Report of the Bombay Plague Committee
Disease focus: Plague
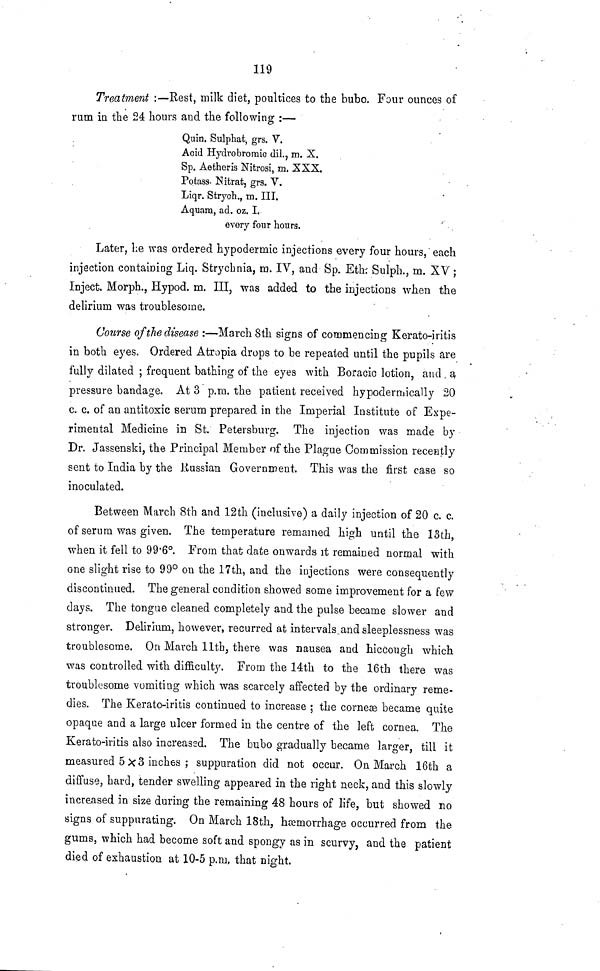
119
Treatment :—Rest, milk diet, poultices to the bubo. Four ounees of
rum in the 24 hours and the following :—
Quin. Sulphat, grs, V.
Acid Hydrobromic dil., rn. X.
Sp. Aetheris Nitrosi, m. XXX.
Potass. Nitrat, grs. V.
Liqr. Strych., m. III.
Aquam, ad. oz. I.
every four hours,
Later, he was ordered hypodermic injections every four hours, each
injection containing Liq. Strychnia, m. IV, and Sp. Eth: Sulph., m. XV ;
Inject. Morph., Hypod. m. III, was added to the injections when the
delirium was troublesome.
Course of the disease :—March 8th signs of commencing Kerato-iritis
in both eyes. Ordered Atropia drops to be repeated until the pupils are
fully dilated ; frequent bathing of the eyes with Boracic lotion, and a
pressure bandage. At 3 p.m. the patient received hypodermically 20
c. c. of an antitoxic serum prepared in the Imperial Institute of Expe-
rimental Medicine in St. Petersburg. The injection was made by
Dr. Jassenski, the Principal Member of the Plague Commission recently
sent to India by the Russian Government. This was the first case so
inoculated.
Between March 8th and 12th (inclusive) a daily injection of 20 c. c.
of serum was given. The temperature remained high until the 13th,
when it fell to 99·6°. From that date onwards it remained normal with
one slight rise to 99° on the 17th, and the injections were consequently
discontinued. The general condition showed some improvement for a few
days. The tongue cleaned completely and the pulse became slower and
stronger. Delirium, however, recurred at intervals and sleeplessness was
troublesome. On March 11th, there was nauseaæ and hiccough which
was controlled with difficulty. From the 14th to the 16th there was
troublesome vomiting which was scarcely affected by the ordinary reme-
dies. The Kerato-iritis continued to increase ; the corne became quite
opaque and a large ulcer formed in the centre of the left cornea. The
Kerato-iritis also increased. The bubo gradually became larger, till it
measured 5x3 inches ; suppuration did not occur. On March 16th a
diffuse, hard, tender swelling appeared in the right neck, and this slowly
increased in size during the remaining 48 hours of life, but showed no
signs of suppurating. On March 18th, hæmorrhage occurred from the
gums, which had become soft and spongy as in scurvy, and the patient
died of exhaustion at 10-5 p.m, that night,